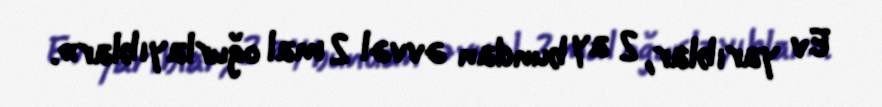
Ev yarıblar, 2 ay bundan əvvəl 2 mal oğurlayıblar».